Vaccination Hyderabad 1890-1903 - 1890-1903
Year: 1890
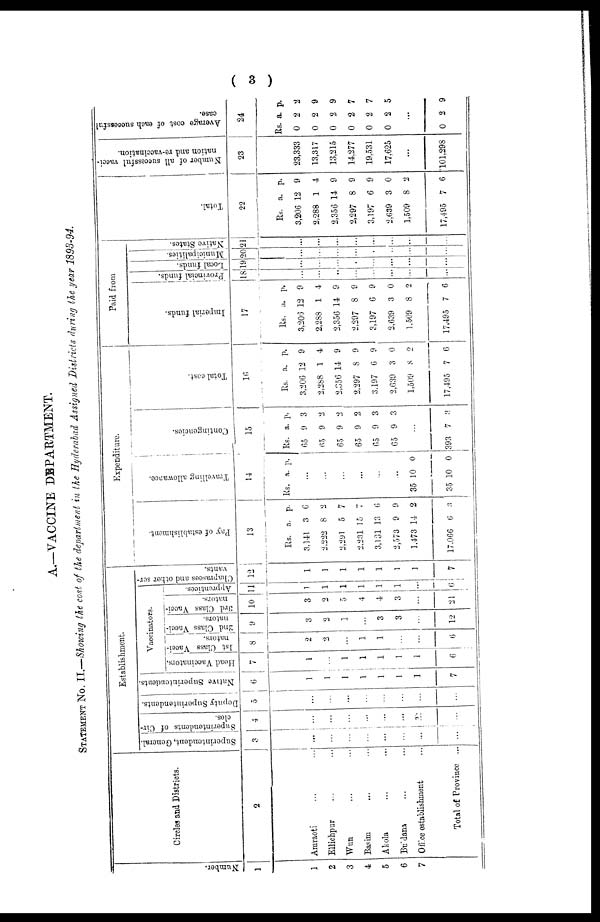
( 3 )
A.—VACCINE DEPARTMENT.
STATEMENT No. II.—Showing the cost of the department in the Hyderabad Assigned Districts during the year 1893-94.
Number.
1
1
2
3
4
5
6
7
Circles and Districts.
2
Amraoti ... ...
Ellichpur ... ...
Wun ... ...
Basim ... ...
Akola ... ...
Buldana ... ...
Office establishment ...
Total of Province ...
Establishment.
Superintendent, General.
3
...
...
...
...
...
...
...
...
Superintendents of Cir-
cles.
4
...
...
...
...
...
...
...
...
Deputy Superintendents.
5
...
...
...
...
...
...
...
...
Native Superintendents.
6
1
1
1
1
1
1
1
7
Vaccinators.
Head Vaccinators.
7
1
...
1
1
1
1
1
6
1st Class Vacci-
nators.
8
2
2
...
1
1
...
...
6
2nd Class Vacci-
nators.
9
3
2
1
...
3
3
...
12
3rd Class Vacci-
nators.
10
3
2
5
4
4
3
...
21
Apprentices.
11
1
1
1
1
1
1
...
6
Chaprasces and other ser-
vants.
12
1
1
1
1
1
1
1
7
Expenditure.
Pay of establishment.
13
Rs.
3,141
2,222
2,291
2,231
3,131
2,573
1,473
17,066
a.
3
8
5
15
13
9
14
6
p.
6
2
7
7
6
9
2
3
Travelling allowance.
14
Rs. a. p.
...
...
...
...
...
...
35
35
10
10
0
0
Contingencies.
15
Rs.
65
65
65
65
65
65
a.
9
9
9
9
9
9
p.
3
2
2
2
3
3
...
393 7 3
Total cost.
16
Rs.
3,206
2,288
2,356
2,297
3,197
2,639
1,509
17,495
a.
12
1
14
8
6
3
8
7
p.
9
4
9
9
9
0
2
6
Paid from
Imperial funds.
17
Rs.
3,206
2,288
2,356
2,297
3,197
2,639
1,509
17,495
a.
12
1
14
8
6
3
8
7
p.
9
4
9
9
9
0
2
6
Provincial funds.
18
...
...
...
...
...
...
...
...
Local funds.
19
...
...
...
...
...
...
...
...
Municipalities.
20
...
...
...
...
...
...
...
...
Native States.
21
...
...
...
...
...
...
...
...
Total.
22
Rs.
3,206
2,288
2,356
2,297
3,197
2,639
1,509
17,495
a.
12
1
14
8
6
3
8
7
p.
9
4
9
9
9
0
2
6
Number of all successful vacci-
nation and re-vaccination.
23
23,333
13,317
13,215
14,277
19,531
17,625
...
101,298
Average cost of each successful
case.
24
Rs.
0
0
0
0
0
0
a.
2
2
2
2
2
2
p.
2
9
9
7
7
5
...
0 2 9